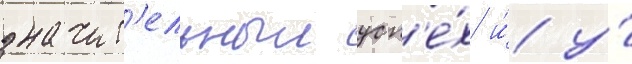
значит'ельныи усп'е́х и́ у́